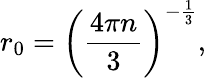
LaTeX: r_{0}=\left(\frac{4\pi n}{3}\right)^{-\frac{1}{3}},